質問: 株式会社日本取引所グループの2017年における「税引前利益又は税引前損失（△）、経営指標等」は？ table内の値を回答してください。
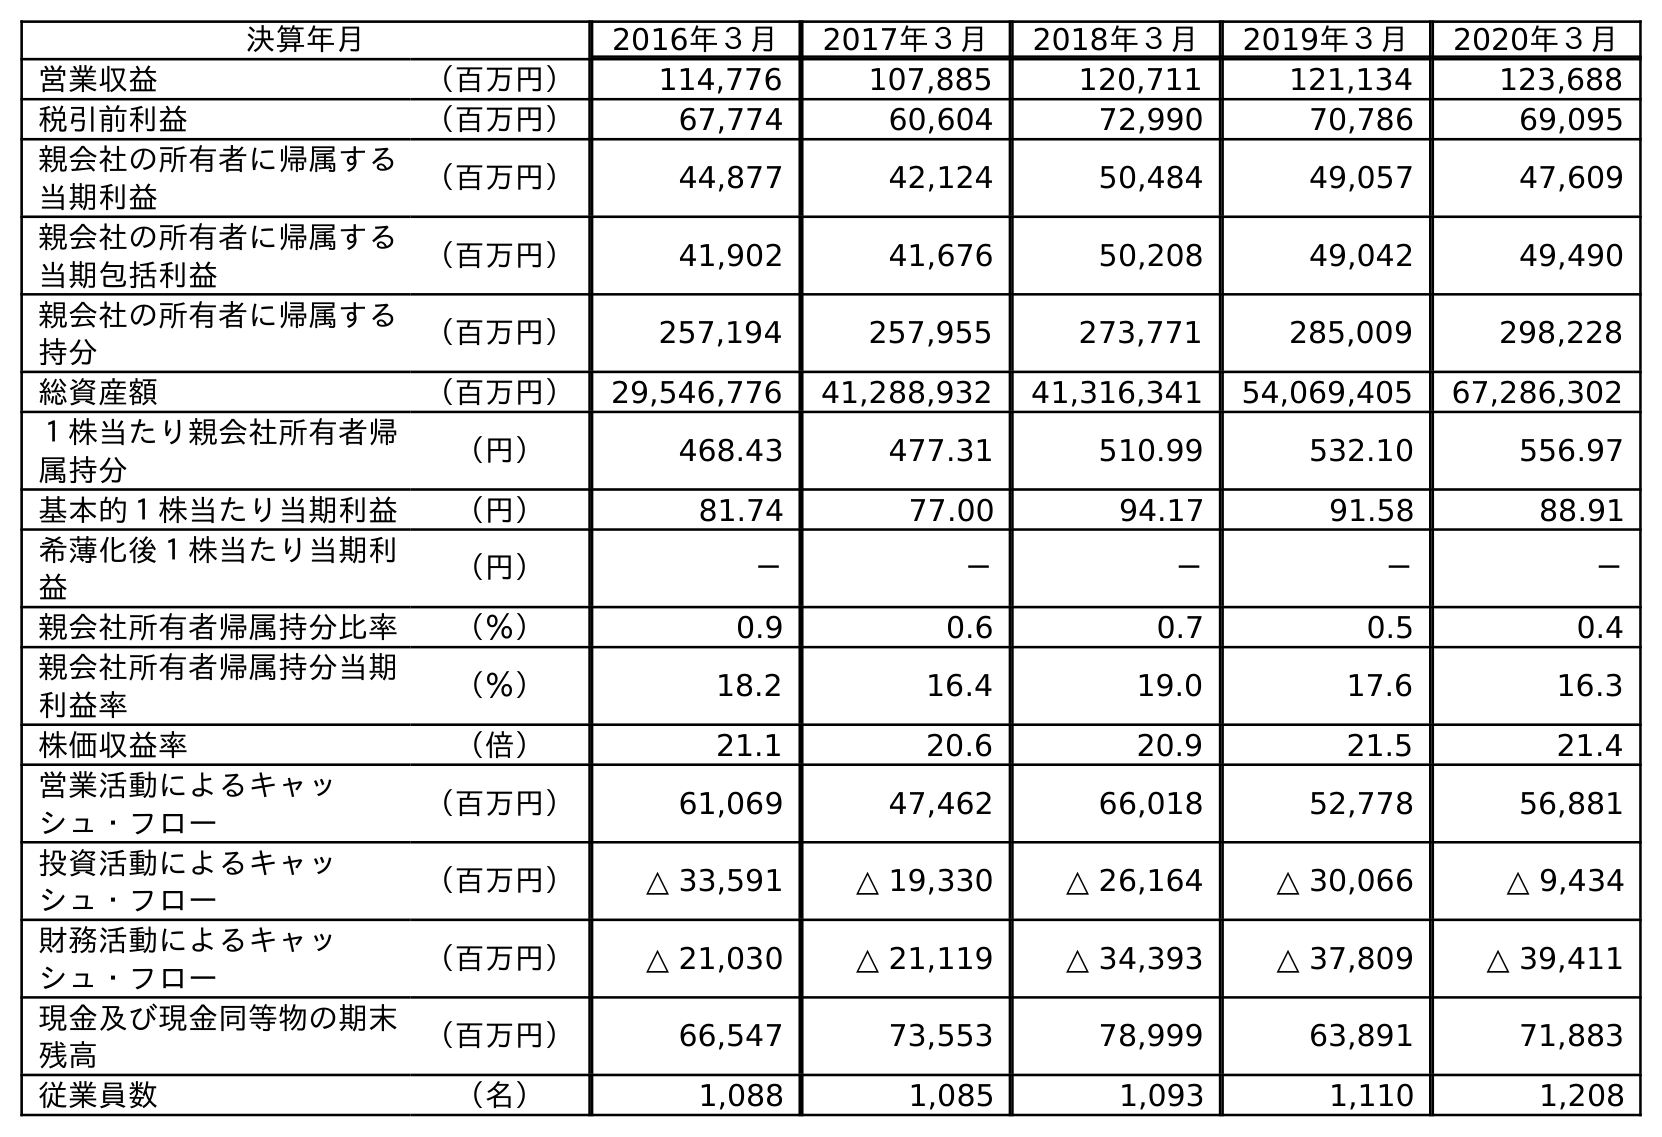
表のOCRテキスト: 決算年月 2016年３月 2017年３月 2018年３月 2019年３月 2020年３月 営業収益 （百万円） 114,776 107,885 120,711 121,134 123,688 税引前利益 （百万円） 67,774 60,604 72,990 70,786 69,095 親会社の所有者に帰属する 当期利益 （百万円） 44,877 42,124 50,484 49,057 47,609 親会社の所有者に帰属する 当期包括利益 （百万円） 41,902 41,676 50,208 49,042 49,490 親会社の所有者に帰属する 持分 （百万円） 257,194 257,955 273,771 285,009 298,228 総資産額 （百万円） 29,546,776 41,288,932 41,316,341 54,069,405 67,286,302 １株当たり親会社所有者帰 属持分 （円） 468.43 477.31 510.99 532.10 556.97 基本的１株当たり当期利益 （円） 81.74 77.00 94.17 91.58 88.91 希薄化後１株当たり当期利 益 （円） － － － － － 親会社所有者帰属持分比率 （％） 0.9 0.6 0.7 0.5 0.4 親会社所有者帰属持分当期 利益率 （％） 18.2 16.4 19.0 17.6 16.3 株価収益率 （倍） 21.1 20.6 20.9 21.5 21.4 営業活動によるキャッ シュ・フロー （百万円） 61,069 47,462 66,018 52,778 56,881 投資活動によるキャッ シュ・フロー （百万円） △ 33,591 △ 19,330 △ 26,164 △ 30,066 △ 9,434 財務活動によるキャッ シュ・フロー （百万円） △ 21,030 △ 21,119 △ 34,393 △ 37,809 △ 39,411 現金及び現金同等物の期末 残高 （百万円） 66,547 73,553 78,999 63,891 71,883 従業員数 （名） 1,088 1,085 1,093 1,110 1,208
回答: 60,604